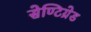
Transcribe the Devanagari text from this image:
सेण्टिग्रेड